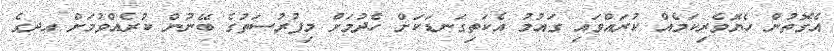
އެގޮތުން ހެޔޮވެރިކަމެއް ކުރައްވައި ގައުމު އެކަތިގަނޑަކަށް ހެދުމަށް މިފުރުސަތުގެ ބޭނުން ކުރެއްވުމަށް އދގެ